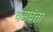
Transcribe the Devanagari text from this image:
यमघंत्ता